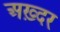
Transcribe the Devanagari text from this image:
अख़्दर